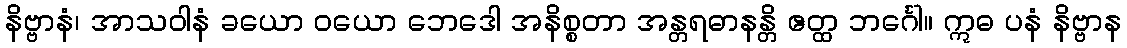
နိဗ္ဗာနံ၊ အာသဝါနံ ခယော ဝယော ဘေဒေါ အနိစ္စတာ အန္တရဓာနန္တိ ဧတ္ထ ဘင်္ဂေါ။ ဣဓ ပနံ နိဗ္ဗာန